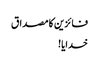
فائزین کا مصداق
خدایا!